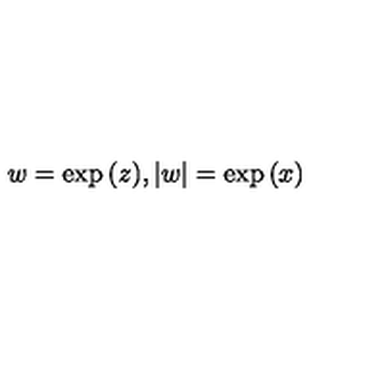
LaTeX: w = \exp { ( z ) } , | w | = \exp { ( x ) }